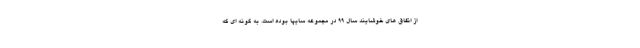
از اتفاق هاي خوشايند سال ۹۹ در مجموعه سايپا بوده است. به گونه اي كه